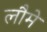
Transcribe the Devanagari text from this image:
लौमे